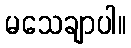
မသေချာပါ။